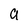
Character: a